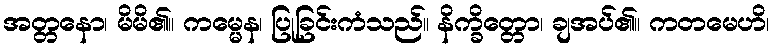
အတ္တနော၊ မိမိ၏။ ကမ္မေန၊ ပြုခြင်းကံသည်။ နိက္ခိတ္တော၊ ချအပ်၏။ ကတမေဟိ၊